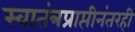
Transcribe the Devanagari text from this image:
स्वातंत्रप्राप्तीनंतरही